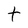
Character: t